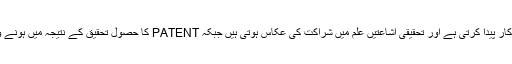
تحقیق نیا علم، نئی مصنوعات اور نئے طریقہ کار پیدا کرتی ہے اور تحقیقی اشاعتیں علم میں شراکت کی عکاس ہوتی ہیں جبکہ PATENT کا حصول تحقیق کے نتیجہ میں ہونے والی ایجاد یا اختراع کی انفرادیت کا مظہر ہے۔